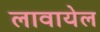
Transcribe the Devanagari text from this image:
लावायेल